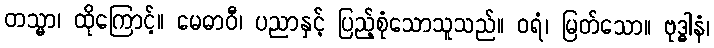
တသ္မာ၊ ထိုကြောင့်။ မေဓာဝီ၊ ပညာနှင့် ပြည့်စုံသောသူသည်။ ဝရံ၊ မြတ်သော။ ဗုဒ္ဓါနံ၊